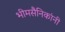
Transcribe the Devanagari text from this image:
भीमसैनिकांनी